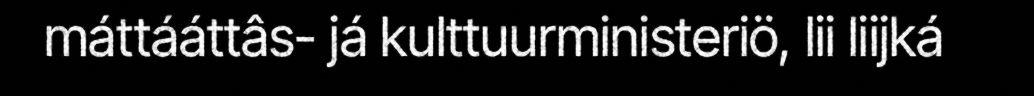
máttááttâs- já kulttuurministeriö, lii liijká